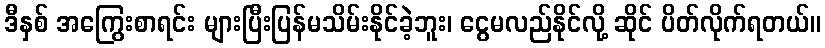
ဒီနှစ် အကြွေးစာရင်း များပြီးပြန်မသိမ်းနိုင်ခဲ့ဘူး၊ ငွေမလည်နိုင်လို့ ဆိုင် ပိတ်လိုက်ရတယ်။